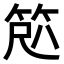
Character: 𫁽